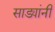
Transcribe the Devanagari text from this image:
साड्यांनी